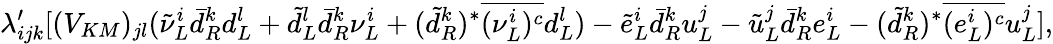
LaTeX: \lambda_{ijk}^{\prime}[(V_{KM})_{jl}({\tilde{\nu}}_{L}^{i}{\bar{d}}_{R}^{k}d_{L}^{l}+{\tilde{d}}_{L}^{l}{\bar{d}}_{R}^{k}{\nu}_{L}^{i}+(\tilde{d}_{R}^{k})^{*}\overline{{{(\nu_{L}^{i})^{c}}}}d_{L}^{l})-{\tilde{e}}_{L}^{i}{\bar{d}}_{R}^{k}u_{L}^{j}-{\tilde{u}}_{L}^{j}{\bar{d}}_{R}^{k}e_{L}^{i}-(\tilde{d}_{R}^{k})^{*}\overline{{{(e_{L}^{i})^{c}}}}u_{L}^{j}],